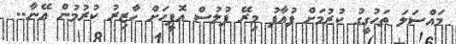
މައްސަލަ ތަހުގީގު ކުރުމަށް ފުއާފު މިރޭ ފުލުސް އޮފީހަށް ހާޒިރު ކުރުމުން އޭނާ..